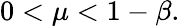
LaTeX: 0<\mu<1-\beta.